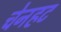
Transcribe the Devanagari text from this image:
चेनहट